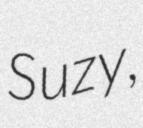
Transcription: Suzy,